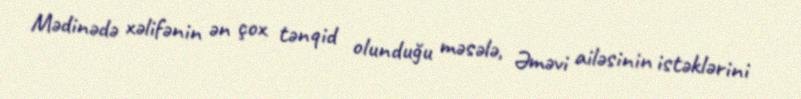
Mədinədə xəlifənin ən çox tənqid olunduğu məsələ, Əməvi ailəsinin istəklərini